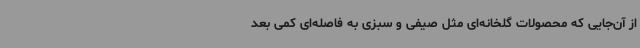
از آن‌جایی که محصولات گلخانه‌ای مثل صیفی و سبزی به فاصله‌ای کمی بعد